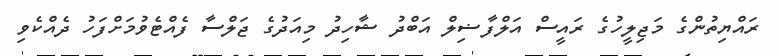
ރައްޔިތުންގެ މަޖިލީހުގެ ރައީސް އަލްފާޟިލް އަބްދު ޝާހިދު މިއަދުގެ ޖަލްސާ ފެއްޓެވުމަށްފަހު ދެއްކެވި